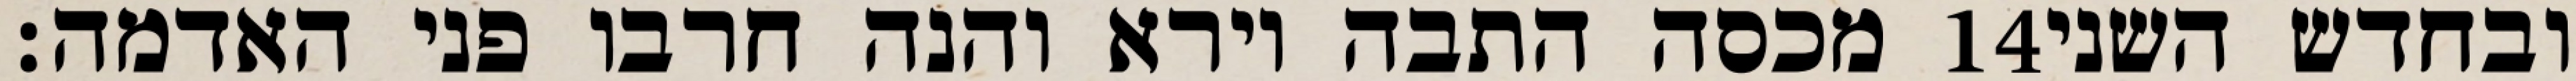
מכסה התבה וירא והנה חרבו פני האדמה׃ ‎14‏ ובחדש השני